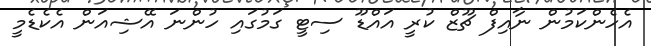
އެހެންކަމުން ނާއިފް ޗޫޒް ކުރީ އައްޑޫ ސިޓީ ގަމުގައި ހުންނަ އޭޝިއަން އެކެޑެމީ